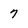
Character: 7